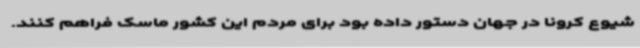
شیوع کرونا در جهان دستور داده بود برای مردم این کشور ماسک فراهم کنند.